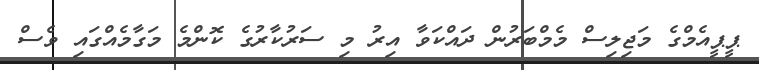
ޕީޕީއެމްގެ މަޖިލިސް މެމްބަރުން ދައްކަވާ އިރު މި ސަރުކާރުގެ ކޮންމެ މަގާމެއްގައި ވެސް